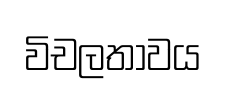
විචලතාවය